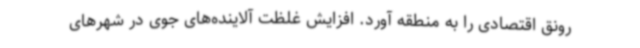
رونق اقتصادی را به منطقه آورد. افزایش غلظت آلاینده‌های جوی در شهرهای